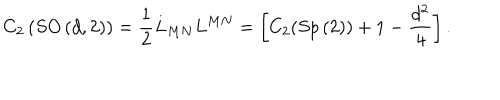
C _ { 2 } \left( S O \left( d , 2 \right) \right) = \frac { 1 } { 2 } L _ { M N } L ^ { M N } = \left[ C _ { 2 } ( S p \left( 2 \right) ) + 1 - \frac { d ^ { 2 } } { 4 } \right] .